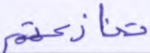
تنازعتم